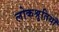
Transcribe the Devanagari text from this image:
लोकश्रुतियाँ